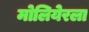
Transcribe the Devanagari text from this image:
मोलियेरला